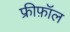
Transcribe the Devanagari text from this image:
फ्रीफ़ॉल